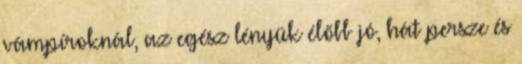
vámpíroknál, az egész lényük élőbb jó, hát persze és